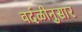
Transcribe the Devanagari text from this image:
वर्दळीनुसार